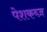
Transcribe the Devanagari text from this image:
पेशकब्ज़